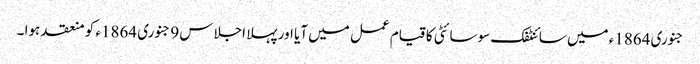
جنوری 1864ء میں سائنٹفک سوسائٹی کا قیام عمل میں آیا اور پہلا اجلاس 9 جنوری 1864ء کو منعقد ہوا ۔